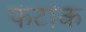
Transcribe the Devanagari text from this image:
फटाक